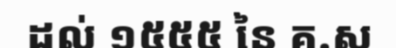
ដល់ ១៥៥៥ នៃ គ.ស